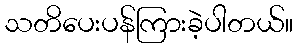
သတိပေးပန်ကြားခဲ့ပါတယ်။